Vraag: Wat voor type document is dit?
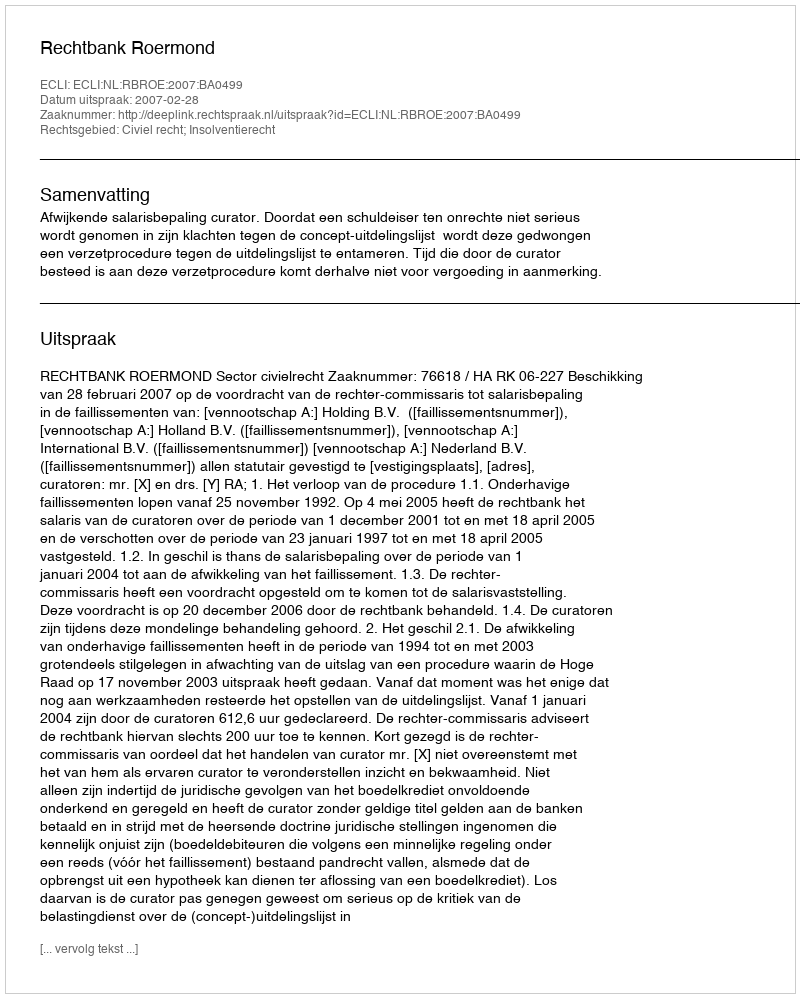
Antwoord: Uitspraak